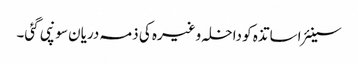
سینئر اساتذہ کو داخلہ وغیرہ کی ذمہ دریان سونپی گئی۔